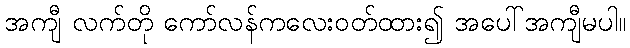
အကျီ လက်တို ကော်လန်ကလေးဝတ်ထား၍ အပေါ်အကျီမပါ။